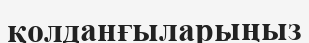
қолданғыларыңыз